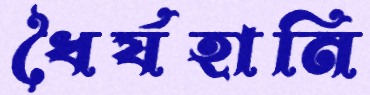
ধৈর্যহানি